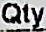
QTY